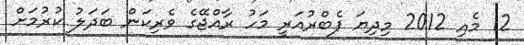
12 މެއި 2012 މިދިޔަ ފެބްރުއަރީ މަހު ރާއްޖޭގެ ވެރިކަން ބަދަލު ކުރުމަށް